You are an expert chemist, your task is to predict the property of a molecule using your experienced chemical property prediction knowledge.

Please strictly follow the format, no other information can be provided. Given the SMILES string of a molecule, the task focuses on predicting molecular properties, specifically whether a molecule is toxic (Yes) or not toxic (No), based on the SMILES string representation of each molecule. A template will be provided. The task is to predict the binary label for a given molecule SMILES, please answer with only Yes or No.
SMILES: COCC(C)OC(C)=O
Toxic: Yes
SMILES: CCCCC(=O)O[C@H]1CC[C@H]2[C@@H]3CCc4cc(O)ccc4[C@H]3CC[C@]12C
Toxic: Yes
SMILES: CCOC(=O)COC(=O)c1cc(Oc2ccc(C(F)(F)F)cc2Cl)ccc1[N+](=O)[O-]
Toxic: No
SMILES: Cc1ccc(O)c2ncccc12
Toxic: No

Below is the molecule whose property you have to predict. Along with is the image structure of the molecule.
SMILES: O=C1CCCCCCCCCCCCCC1
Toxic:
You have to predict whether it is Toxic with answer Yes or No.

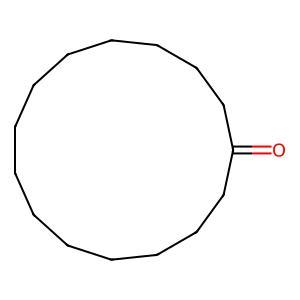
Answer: No